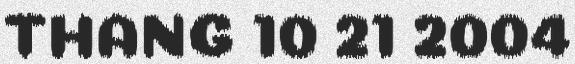
THÁNG 10 21 2004